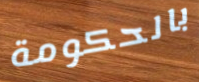
بالحكومة